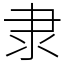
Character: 隶